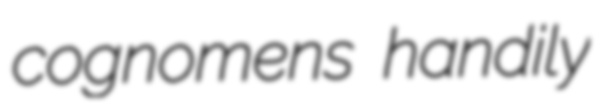
cognomens handily